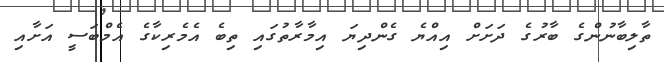
ތާލިބާނުންގެ ބާރުގެ ދަށަށް އިއްޔެ ގެންދިޔަ އިމާރާތުގައި ތިބެ އެމެރިކާގެ އެމްބަސީ އަށާއި